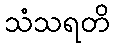
သံသရတိ